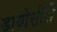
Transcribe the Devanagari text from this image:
डायोसीसँ